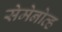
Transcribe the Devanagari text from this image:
सेमेनोव्ह